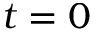
t = 0